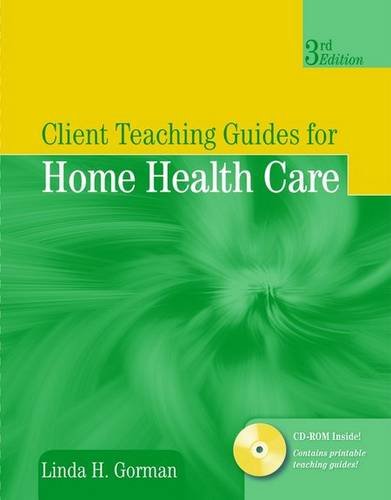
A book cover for Client Teaching Guides For Home Health Care (Gorman, Client Teaching Guides for Home Health Guides); Linda Gorman; Medical Books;